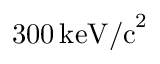
3 0 0 \, \mathrm { k e V / c } ^ { 2 }